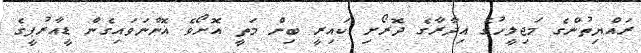
ރައްޔިތުންގެ މަޖިލީހުގެ އިދާރާގެ ދޮރޯށި ކައިރީ ބިން މަތީ އޮށޯވެ އޮންނަވައިގެން ޑީއާރުޕީގެ